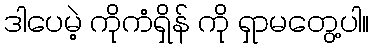
ဒါပေမဲ့ ကိုကံရှိန် ကို ရှာမတွေ့ပါ။